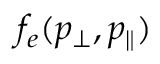
f _ { e } ( p _ { \perp } , p _ { \| } )